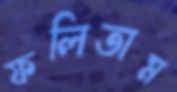
ফলিতাম